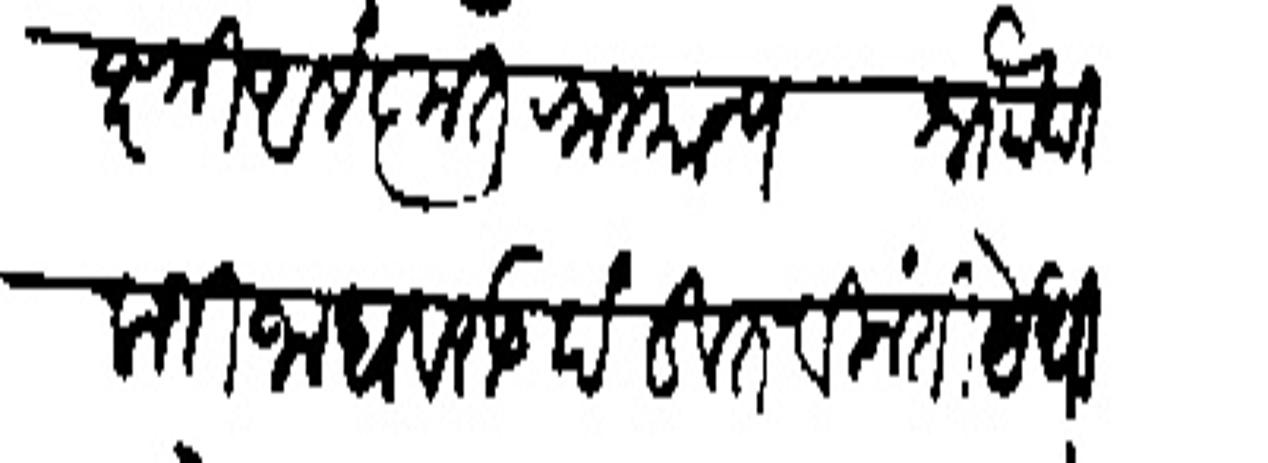
Transliteration (Devanagari): लक्ष्मी आलंकृत राजमान्य श्र्नौ पिलाजी जाधवराऊ दंडवत विनंती येथील